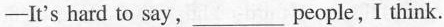
—It's hard to say,___people, I think.